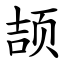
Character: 颉